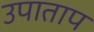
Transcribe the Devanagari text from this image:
उपाताप